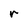
Character: r